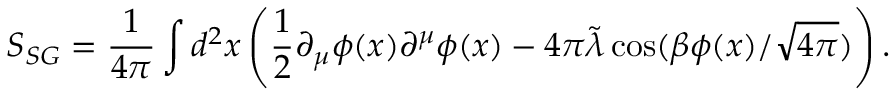
S _ { S G } = \frac { 1 } { 4 \pi } \int d ^ { 2 } x \left( \frac { 1 } { 2 } \partial _ { \mu } \phi ( x ) \partial ^ { \mu } \phi ( x ) - 4 \pi \tilde { \lambda } \cos ( \beta \phi ( x ) / \sqrt { 4 \pi } ) \right) .